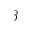
\beta